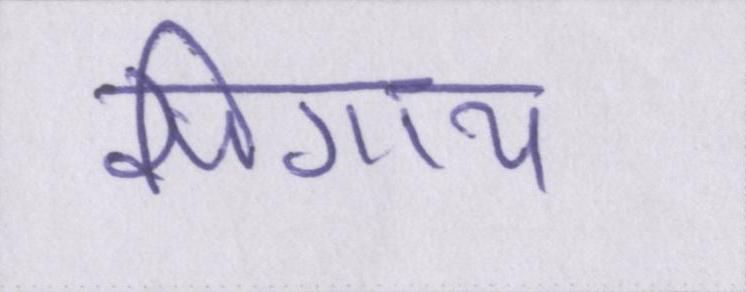
सिगाय